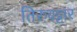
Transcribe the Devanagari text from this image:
तिरुवट्टार